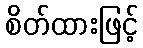
စိတ်ထားဖြင့်